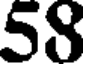
58